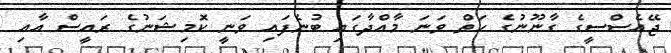
ޖޭއެސްސީގެ ގާނޫނުގެ ހަތް ވަނަ މާއްދާގައި ބުނެފައި ވަނީ ކޮމިޝަނުގެ ރައީސް އާއި